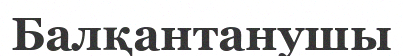
Балқантанушы